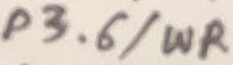
Text: P3.6/WR